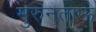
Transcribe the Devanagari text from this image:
मुरुनताऊ